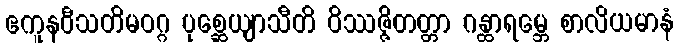
ဧကူနဝီသတိမဝဂ္ဂ ပုစ္ဆေယျာသီတိ ဝိဿဇ္ဇိတတ္တာ ဂန္ထာရမ္ဘေ စာလိယမာနံ